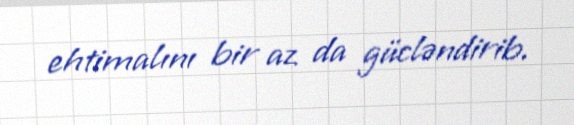
ehtimalını bir az da gücləndirib.